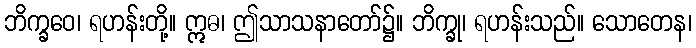
ဘိက္ခဝေ၊ ရဟန်းတို့။ ဣဓ၊ ဤသာသနာတော်၌။ ဘိက္ခု၊ ရဟန်းသည်။ သောတေန၊